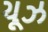
ચૂઝ